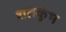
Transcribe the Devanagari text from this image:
शतकुंभ